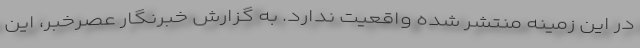
در این زمینه منتشر شده واقعیت ندارد. به گزارش خبرنگار عصرخبر، این